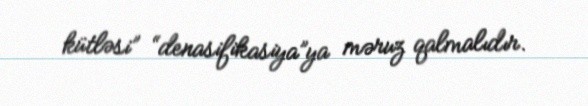
kütləsi” “denasifikasiya”ya məruz qalmalıdır.